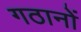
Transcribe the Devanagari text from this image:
गठानों